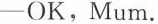
-OK,Mum.